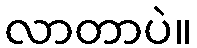
လာတာပဲ။